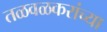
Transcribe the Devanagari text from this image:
तळवळकरांच्या